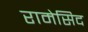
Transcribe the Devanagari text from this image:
रामेसिद